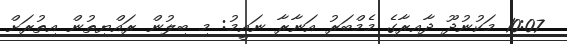
10:07 މަކުނުދޫ ދާއިރާގެ މެމްބަރު އަނާރާ ނައީމު: މި ބިލުން ރައްޔިތުން އިތުރަށް